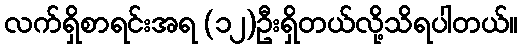
လက်ရှိစာရင်းအရ (၁၂)ဦးရှိတယ်လို့သိရပါတယ်။